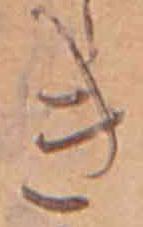
き